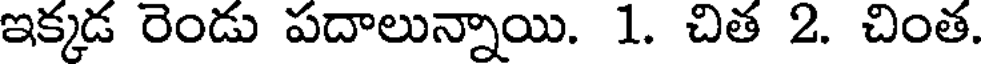
ఇక్కడ రెండు పదాలున్నాయి. 1. చిత 2. చింత.